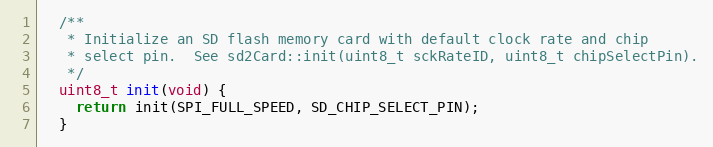
Language: C
  /**
   * Initialize an SD flash memory card with default clock rate and chip
   * select pin.  See sd2Card::init(uint8_t sckRateID, uint8_t chipSelectPin).
   */
  uint8_t init(void) {
    return init(SPI_FULL_SPEED, SD_CHIP_SELECT_PIN);
  }